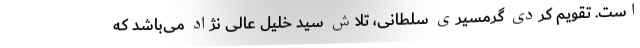
است. تقویم کردی گرمسیری سلطانی، تلاش سید خلیل عالی نژاد می‌باشد که